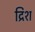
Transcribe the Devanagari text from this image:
द्रिश